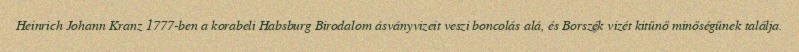
Heinrich Johann Kranz 1777-ben a korabeli Habsburg Birodalom ásványvizeit veszi boncolás alá, és Borszék vizét kitűnő minőségűnek találja.